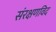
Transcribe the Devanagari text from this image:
संरक्षणविद